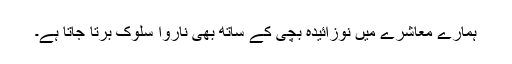
ہمارے معاشرے میں نوزائیدہ بچی کے ساتھ بھی ناروا سلوک برتا جاتا ہے۔